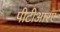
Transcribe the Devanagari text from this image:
पीटीआरए